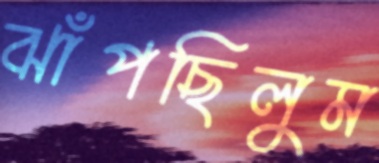
ঝাঁপছিলুম